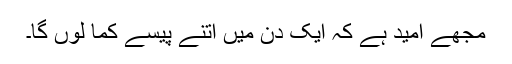
مجھے امید ہے کہ ایک دن میں اتنے پیسے کما لوں گا۔